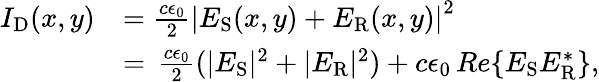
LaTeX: \begin{array}{rl}{I_{\mathrm{D}}(x,y)}&{=\frac{c\epsilon_{0}}{2}\left|E_{\mathrm{S}}(x,y)+E_{\mathrm{R}}(x,y)\right|^{2}}\\ &{=\, \frac{c\epsilon_{0}}{2}(|E_{\mathrm{S}}|^{2}+|E_{\mathrm{R}}|^{2})+c\epsilon_{0}\, Re\{ E_{\mathrm{S}}E_{\mathrm{R}}^{\ast}\} ,}\end{array}